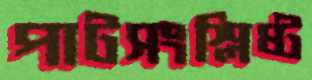
পাটসংশ্লিষ্ট